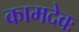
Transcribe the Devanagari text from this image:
कामदेवः